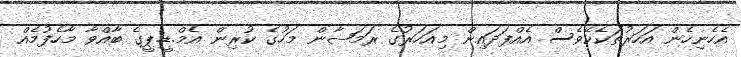
އެހެނިހެން އަހަރުތަކެކޭވެސް އެއްފަދައިން މިއަހަރުގެ ރަމަޟާން މަހުގެ ކުރިން އެމް.ޑީ.ޕީގެ ބާއްވާ މާހެފުމެއް